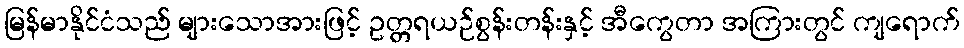
မြန်မာနိုင်ငံသည် များသောအားဖြင့် ဥတ္တရယဉ်စွန်းတန်းနှင့် အီကွေတာ အကြားတွင် ကျရောက်